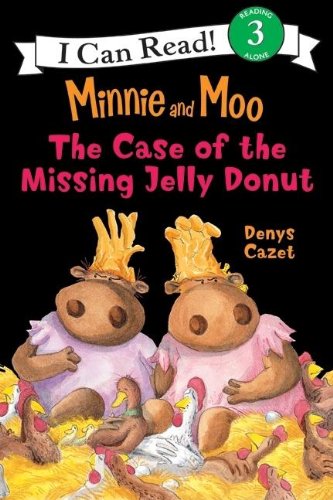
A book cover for Minnie and Moo: The Case of the Missing Jelly Donut (I Can Read Book 3); Denys Cazet; Cookbooks, Food & Wine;